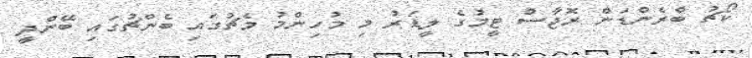
ކޯޗު ބްރެންޑަން ރޮޖާސް ޓީމުގެ ލީޑަރު މި މުހިންމު މެޗުގައި ބެންޗުގައި ބޭންދީ